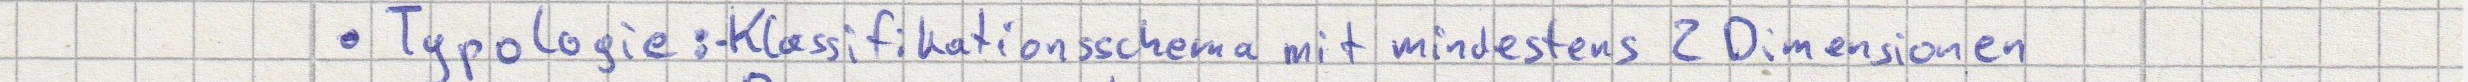
- Typologie: - Klassifikationsschema mit mindestens 2 Dimensionen